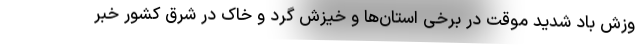
وزش باد شدید موقت در برخی استان‌ها و خیزش گرد و خاک در شرق کشور خبر